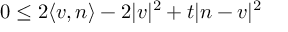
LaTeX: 0 \leq 2 \langle v , n \rangle - 2 | v | ^ { 2 } + t | n - v | ^ { 2 }